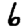
Digit: 6